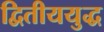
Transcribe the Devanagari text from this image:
द्वितीययुद्ध